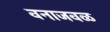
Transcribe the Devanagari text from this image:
वनाजवळ